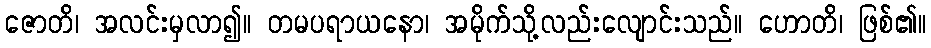
ဇောတိ၊ အလင်းမှလာ၍။ တမပရာယနော၊ အမိုက်သို့လည်းလျောင်းသည်။ ဟောတိ၊ ဖြစ်၏။